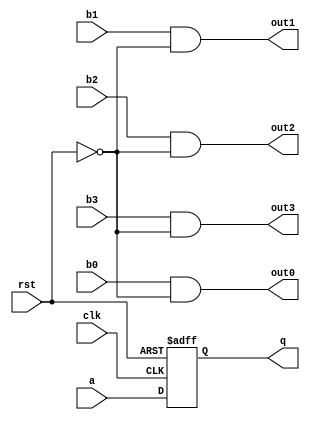
/////////////////////////////////////////
//  Functionality: 4-bit version of A register driven by a combinational logic with reset signal
////////////////////////////////////////
`timescale 1ns / 1ps

module rst_on_lut_4bit(a, b0, b1, b2, b3, q, out0, out1, out2, out3, clk, rst);

input wire rst;
input wire clk;
input wire a;
input wire b0;
input wire b1;
input wire b2;
input wire b3;
output reg q;
output wire out0;
output wire out1;
output wire out2;
output wire out3;

always @(posedge rst or posedge clk) begin
  if (rst) begin
    q <= 0;
  end else begin
    q <= a;
  end
end

assign out0 = b0 & ~rst;
assign out1 = b1 & ~rst;
assign out2 = b2 & ~rst;
assign out3 = b3 & ~rst;

endmodule